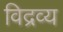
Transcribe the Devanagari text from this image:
विद्रव्य